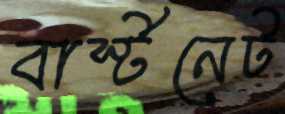
বার্স্টনেট